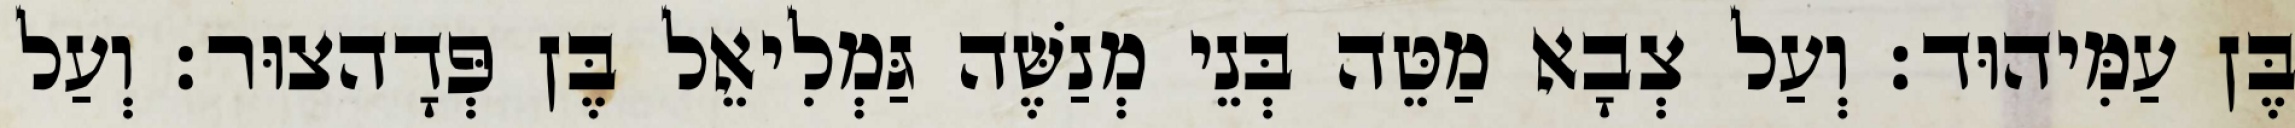
בֶּן עַמִּיהוּד׃ וְעַל צְבָא מַטֵּה בְּנֵי מְנַשֶּׁה גַּמְלִיאֵל בֶּן פְּדָהצוּר׃ וְעַל